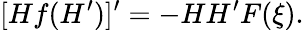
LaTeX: [Hf(H^{\prime})]^{\prime}=-HH^{\prime}F(\xi).